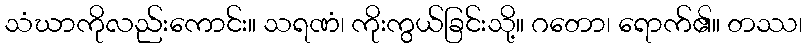
သံဃာကိုလည်းကောင်း။ သရဏံ၊ ကိုးကွယ်ခြင်းသို့။ ဂတော၊ ရောက်၏။ တဿ၊